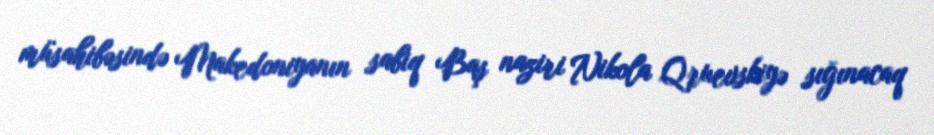
müsahibəsində Makedoniyanın sabiq Baş naziri Nikola Qruevskiyə sığınacaq